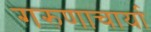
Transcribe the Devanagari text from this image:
गरुणाचार्या